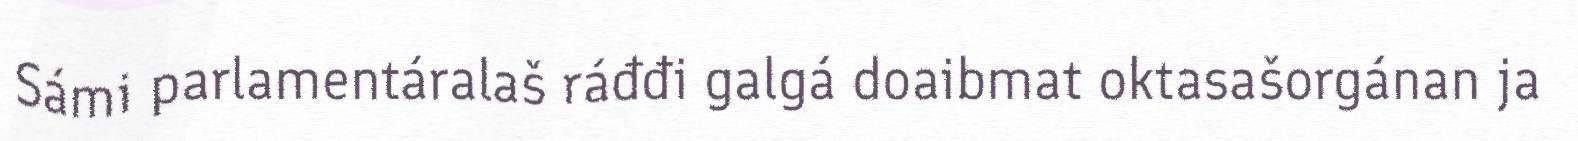
Sámi parlamentáralaš ráđđi galgá doaibmat oktasašorgánan ja